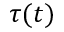
\tau ( t )